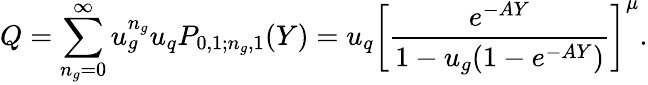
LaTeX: Q=\sum_{n_{g}=0}^{\infty}u_{g}^{n_{g}}u_{q}P_{0,1;n_{g},1}(Y)=u_{q}\left[\frac{e^{-AY}}{1-u_{g}(1-e^{-AY})}\right]^{\mu}.